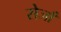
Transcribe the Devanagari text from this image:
सेजाँ